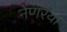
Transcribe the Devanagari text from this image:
नेणरया